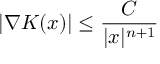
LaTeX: | \nabla K ( x ) | \leq { \frac { C } { | x | ^ { n + 1 } } }